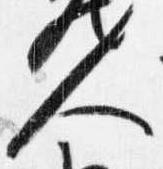
人